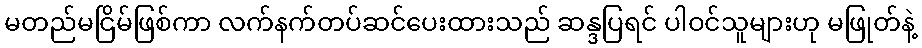
မတည်မငြိမ်ဖြစ်ကာ လက်နက်တပ်ဆင်ပေးထားသည် ဆန္ဒပြရင် ပါဝင်သူများဟု မဖြုတ်နဲ့